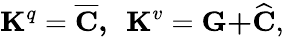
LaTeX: \mathbf{K}^{q}=\overline{{\mathbf{C}}}\mathbf{,\ \ K}^{v}=\mathbf{G+}\widehat{\mathbf{C}},